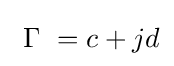
~\Gamma ~=c+jd